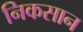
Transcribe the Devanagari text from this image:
निकसान